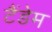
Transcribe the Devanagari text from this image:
टैंडेम